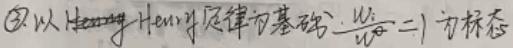
\textcircled{3}以 \(H - H\) 定律为基础，\(\frac{w_{i}}{w_{0}} = 1\) 为标态